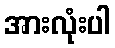
အားလုံးပါ